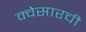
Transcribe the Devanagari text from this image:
क्वेसारची